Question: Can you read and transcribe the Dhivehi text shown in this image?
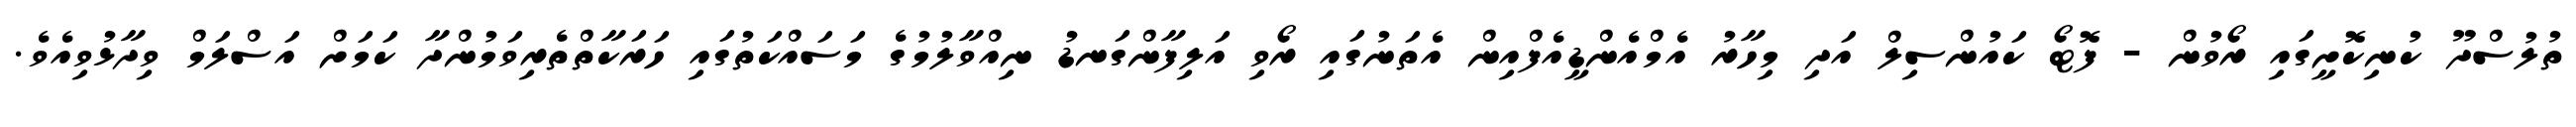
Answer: ތުލުސްދޫ ކުނިކޮށީގައި ރޯވުން - ފޮޓޯ ކައުންސިލް އަދި މިހާރު އެމްއެންޑީއެފްއިން އެތަނުގައި ރޯވި އަލިފާންގަނޑު ނިއްވާލުމުގެ މަސައްކަތުގައި ހަރަކާތްތެރިވަމުންދާ ކަމަށް އަސްލަމް ވިދާޅުވިއެވެ.